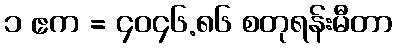
၁ ဧက = ၄၀၄၆.၈၆ စတုရန်းမီတာ